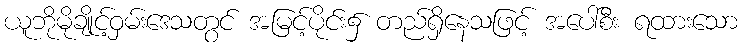
ယူဘိုမိုချိုင့်ဝှမ်းဒေသတွင် အမြင့်ပိုင်း၌ တည်ရှိနေသဖြင့် အပေါ်စီး ရထားသော